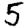
Digit: 5